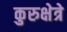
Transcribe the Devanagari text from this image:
कुरुक्षेत्रे